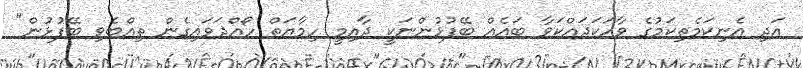
އަދި އެނިކަމެތިކަމުގެ ވާހަކަދައްކަވާ ބައެއް ބޭފުޅުންނަކީ ދާއިމީ ހިމާޔަތް ހޯއްދަވައިގެން ތިއްބެވި ބޭފުޅުން"